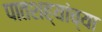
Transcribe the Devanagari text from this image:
पातशह्यांच्या